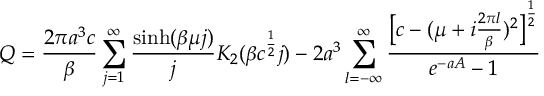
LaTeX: Q = \frac { 2 \pi a ^ { 3 } c } { \beta } \sum _ { j = 1 } ^ { \infty } \frac { \sinh ( \beta \mu j ) } { j } K _ { 2 } ( \beta c ^ { \frac { 1 } { 2 } } j ) - 2 a ^ { 3 } \sum _ { l = - \infty } ^ { \infty } \frac { \bigl [ c - ( \mu + i \frac { 2 \pi l } { \beta } ) ^ { 2 } \bigr ] ^ { \frac { 1 } { 2 } } } { e ^ { - a A } - 1 }